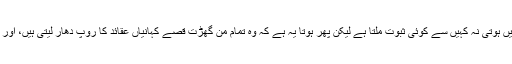
ان کہانیوں اور فرضی داستانوں کی تصدیق کہیں سے نہیں ہوتی نہ کہیں سے کوئی ثبوت ملتا ہے لیکن پھر ہوتا یہ ہے کہ وہ تمام من گھڑت قصے کہانیاں عقائد کا روپ دھار لیتی ہیں، اور پھر عقائد ایک سے دوسری نسل تک منتقل ہوجاتے ہیں۔